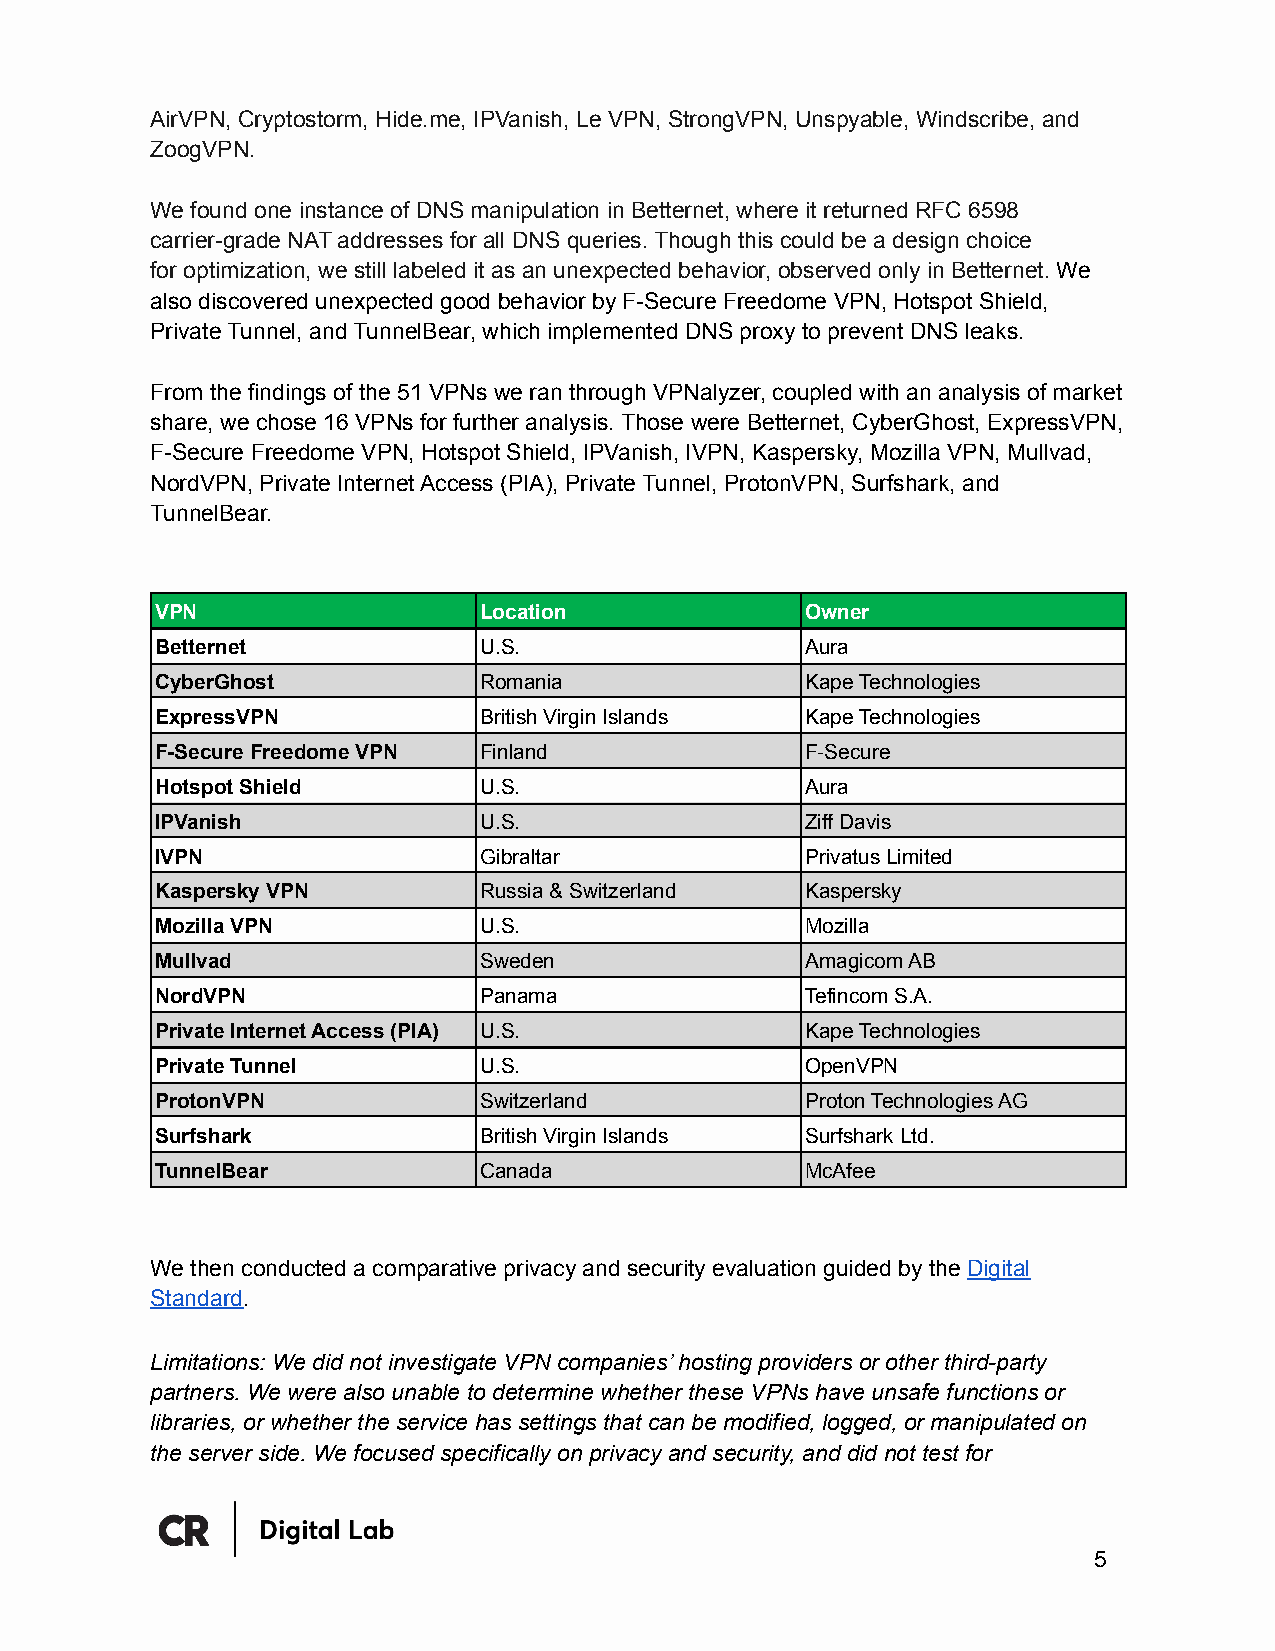
AirVPN, Cryptostorm, Hide.me, IPVanish, Le VPN, StrongVPN, Unspyable, Windscribe, and
 ZoogVPN.
 We found one instance of DNS manipulation in Betternet, where it returned RFC 6598
 carrier-grade NAT addresses for all DNS queries. Though this could be a design choice
 for optimization, we still labeled it as an unexpected behavior, observed only in Betternet. We
 also discovered unexpected good behavior by F-Secure Freedome VPN, Hotspot Shield,
 Private Tunnel, and TunnelBear, which implemented DNS proxy to prevent DNS leaks.
 From the findings of the 51 VPNs we ran through VPNalyzer, coupled with an analysis of market
 share, we chose 16 VPNs for further analysis. Those were Betternet, CyberGhost, ExpressVPN,
 F-Secure Freedome VPN, Hotspot Shield, IPVanish, IVPN, Kaspersky, Mozilla VPN, Mullvad,
 NordVPN, Private Internet Access (PIA), Private Tunnel, ProtonVPN, Surfshark, and
 TunnelBear.
 VPN                   Location             Owner
 Betternet             U.S.                 Aura
 CyberGhost            Romania              Kape Technologies
 ExpressVPN            British Virgin Islands Kape Technologies
 F-Secure Freedome VPN Finland              F-Secure
 Hotspot Shield        U.S.                 Aura
 IPVanish              U.S.                 Ziff Davis
 IVPN                  Gibraltar            Privatus Limited
 Kaspersky VPN         Russia & Switzerland Kaspersky
 Mozilla VPN           U.S.                 Mozilla
 Mullvad               Sweden               Amagicom AB
 NordVPN               Panama               Tefincom S.A.
 Private Internet Access (PIA) U.S.         Kape Technologies
 Private Tunnel        U.S.                 OpenVPN
 ProtonVPN             Switzerland          Proton Technologies AG
 Surfshark             British Virgin Islands Surfshark Ltd.
 TunnelBear            Canada               McAfee
 We then conducted a comparative privacy and security evaluation guided by the Digital
 Standard.
 Limitations: We did not investigate VPN companies’ hosting providers or other third-party
 partners. We were also unable to determine whether these VPNs have unsafe functions or
 libraries, or whether the service has settings that can be modified, logged, or manipulated on
 the server side. We focused specifically on privacy and security, and did not test for
 5